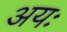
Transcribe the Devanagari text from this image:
अयः